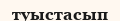
туыстасып